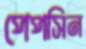
পেপসিন